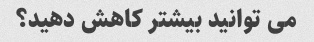
می توانید بیشتر کاهش دهید؟